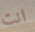
انت